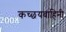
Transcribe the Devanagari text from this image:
कच्छयवाहिनी